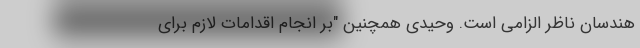
هندسان ناظر الزامی است. وحیدی همچنین "بر انجام اقدامات لازم برای